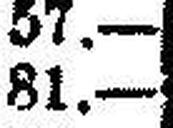
81.—